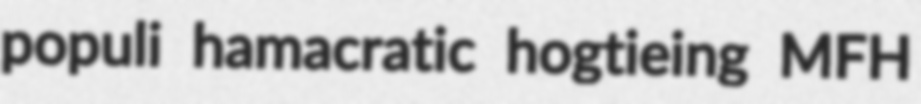
populi hamacratic hogtieing MFH